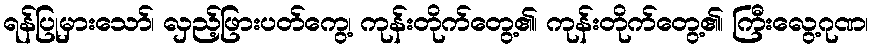
ရန်ပြုမှားသော်၊ လှည့်ဖြားပတ်ကွေ့၊ ကုန်းတိုက်တွေ့၏၊ ကုန်းတိုက်တွေ့၏၊ ကြီးလွေ့ဂုဏ၊